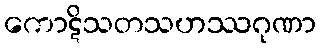
ကောဋိသတသဟဿဂုဏာ